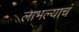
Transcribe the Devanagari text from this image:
लाभल्याचं